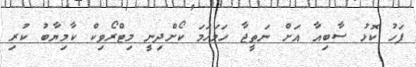
ފަހު ކޮޅު ސާބިއާ އަށް ނަތީޖާ ހަމަހަމަ ކޯށްދިނީ މިޓްރޯވިކް ކާމިޔާބު ކުރި